65_HS1-834228961_62-HQ-83894_Section_6
Agency: FBI
Page 125
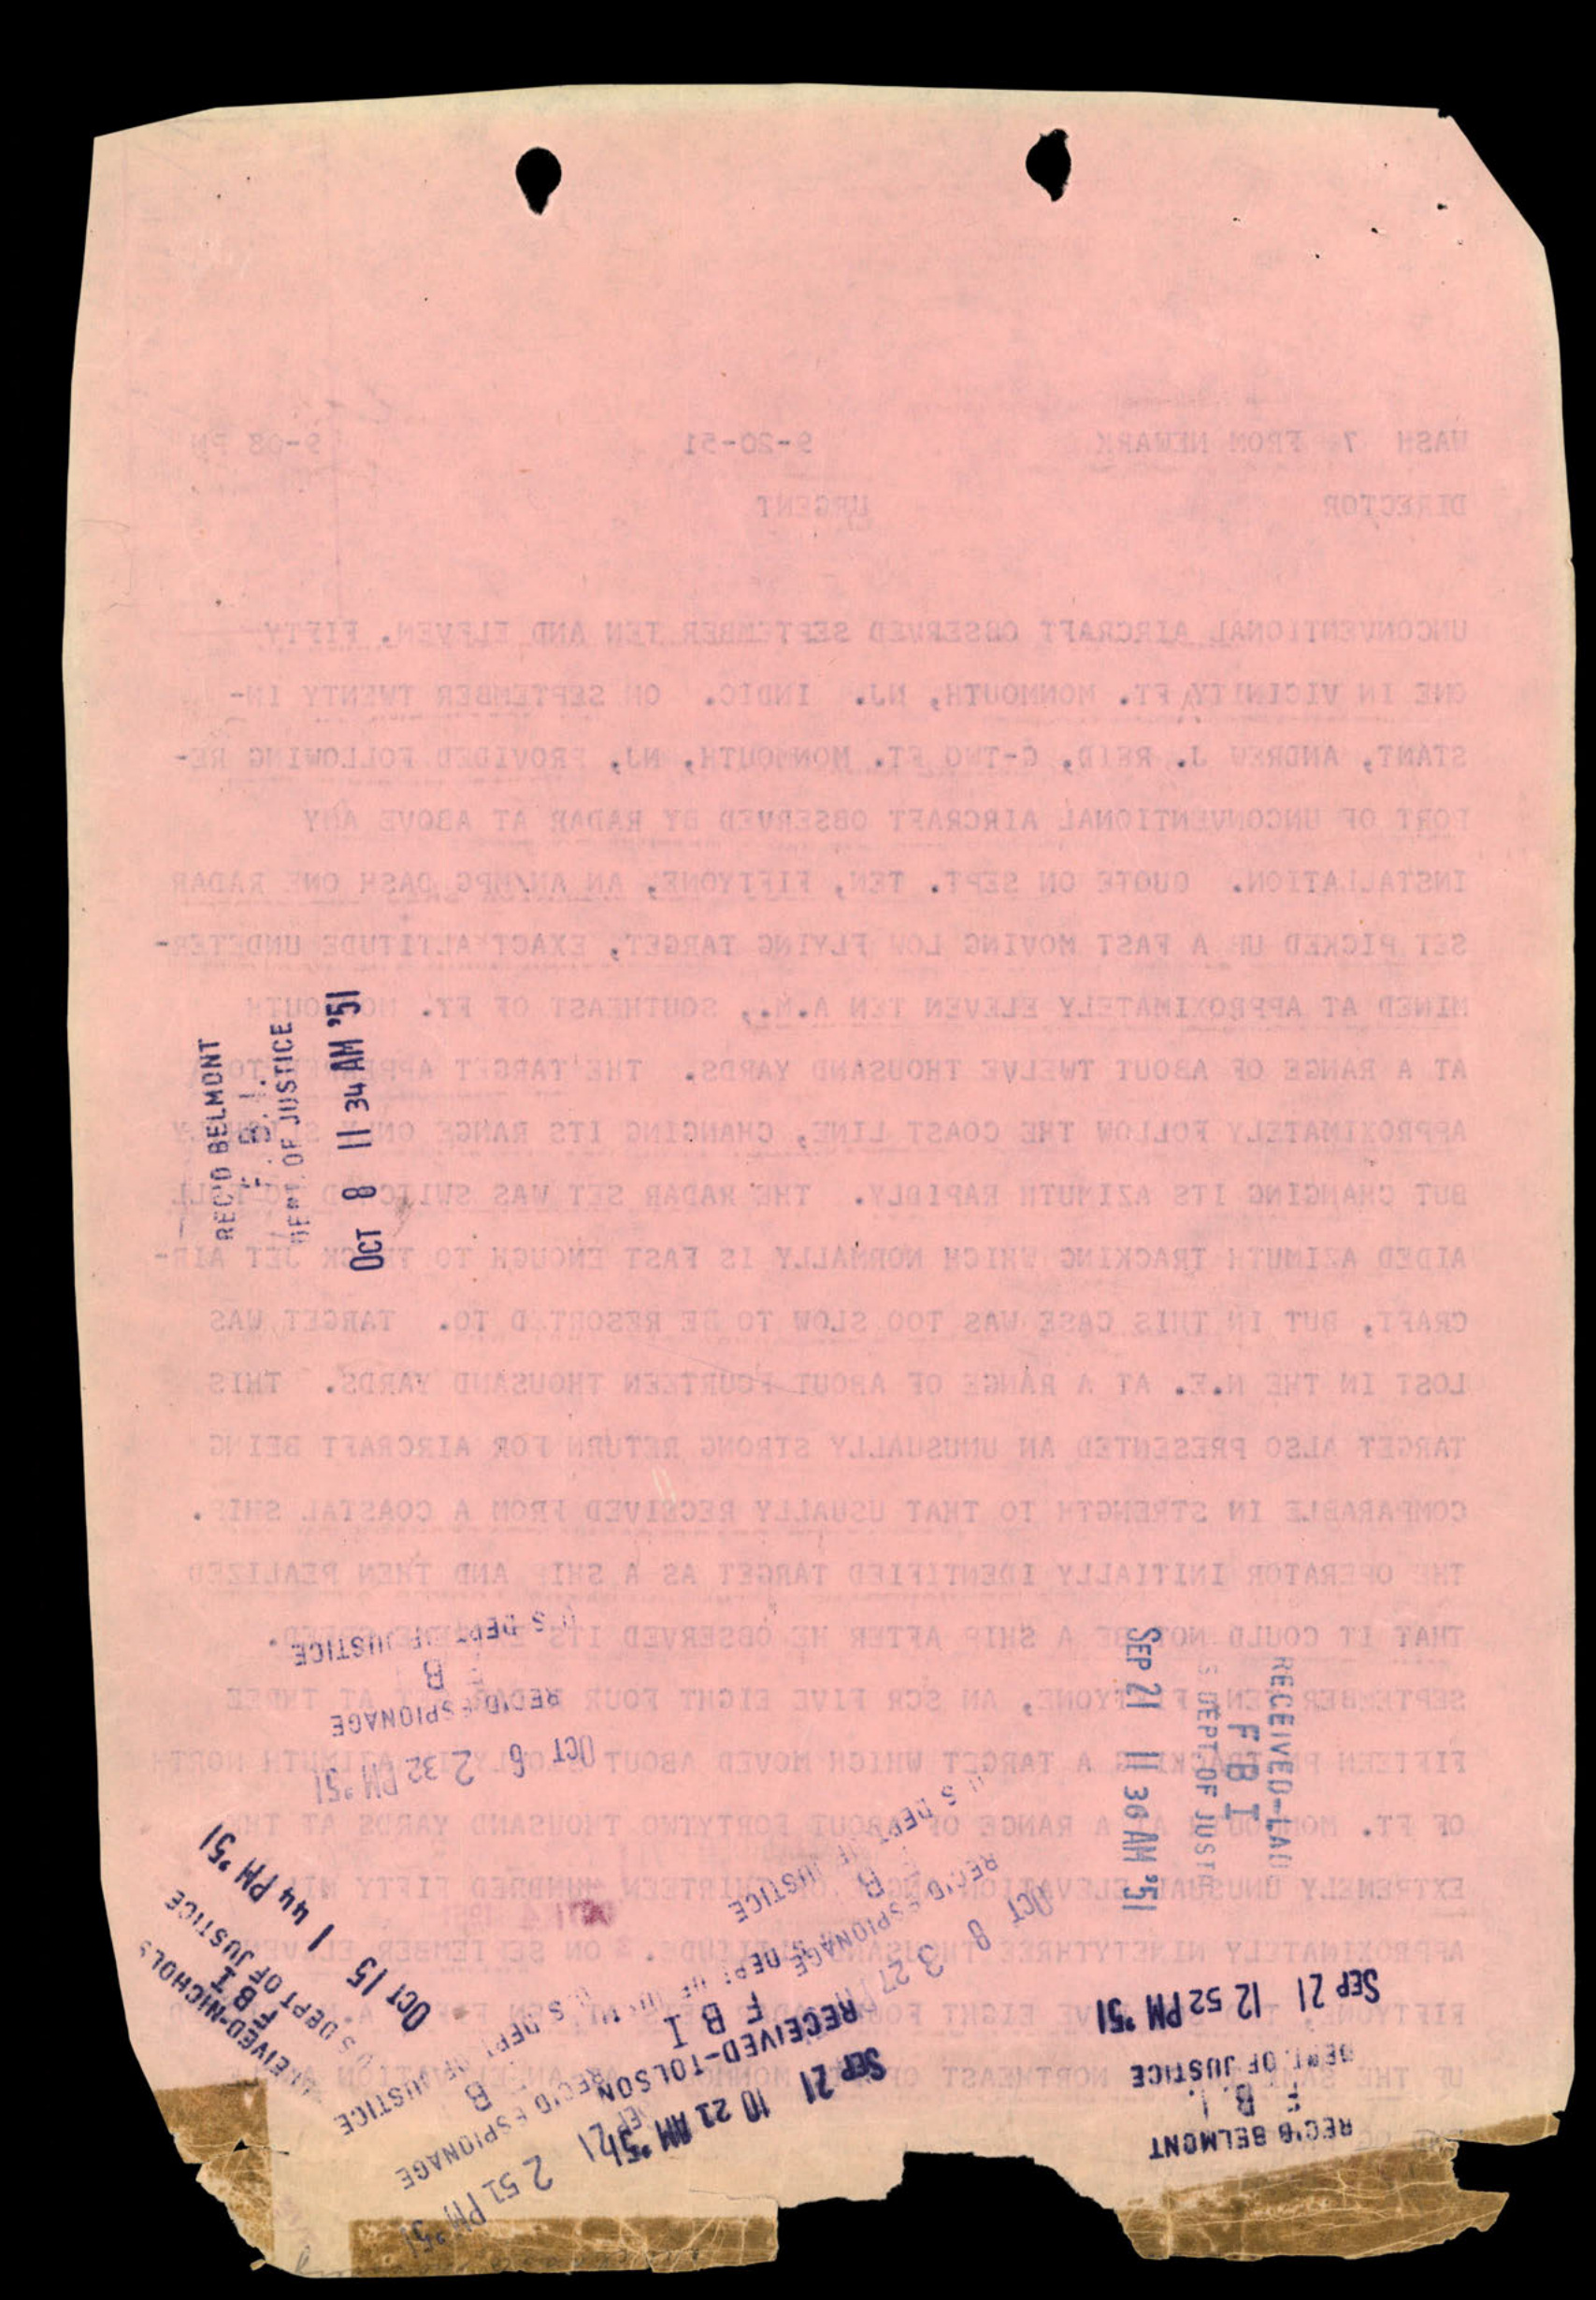